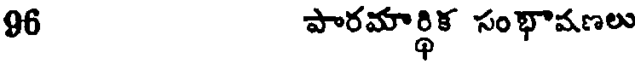
96 పారమార్థిక సంభావణలు